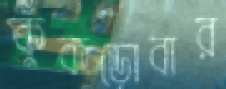
কুঁকড়োবার